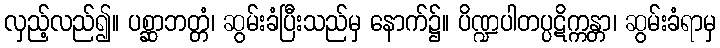
လှည့်လည်၍။ ပစ္ဆာဘတ္တံ၊ ဆွမ်းခံပြီးသည်မှ နောက်၌။ ပိဏ္ဍပါတပ္ပဋိက္ကန္တာ၊ ဆွမ်းခံရာမှ